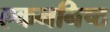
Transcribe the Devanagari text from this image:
एकननिष्ठ